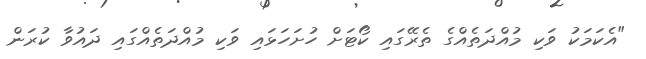
"އެކަމަކު ވަކި މުއްދަތެއްގެ ތެރޭގައި ކޯޓަށް ހުށަހަޅައި ވަކި މުއްދަތެއްގައި ދައުވާ ކުރަން